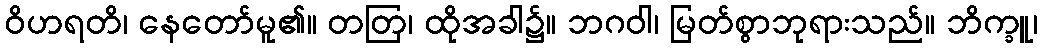
ဝိဟရတိ၊ နေတော်မူ၏။ တတြ၊ ထိုအခါ၌။ ဘဂဝါ၊ မြတ်စွာဘုရားသည်။ ဘိက္ခူ၊